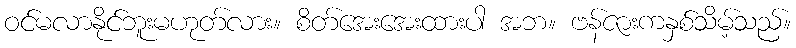
ဝင်မလာနိုင်ဘူးမဟုတ်လား။ စိတ်အေးအေးထားပါ အဘ။ ဗန်ဇားကနှစ်သိမ့်သည်။